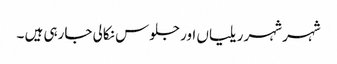
شہر شہر ریلیاں اور جلوس نکالی جارہی ہیں ۔